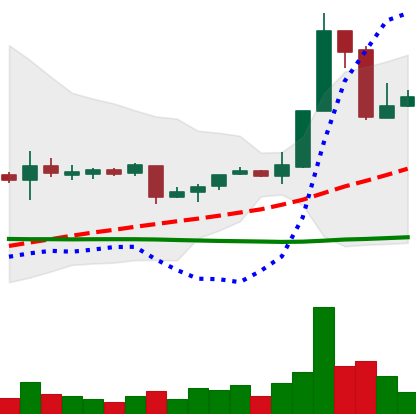
Ticker: XRP-USD
Chart end date: 2018-11-10
Forward return: -4.932%
Label: down_3_5